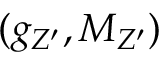
( g _ { Z ^ { \prime } } , M _ { Z ^ { \prime } } )